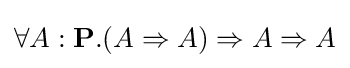
\forall A:\mathbf {P} .(A\Rightarrow A)\Rightarrow A\Rightarrow A